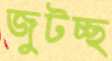
জুটচ্ছ